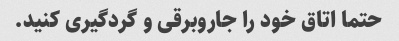
حتما اتاق خود را جاروبرقی و گردگیری کنید.